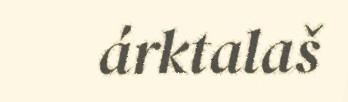
árktalaš